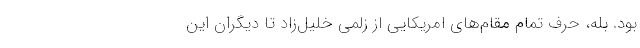
بود. بله، حرف تمام مقام‌هاي امريكايي از زلمي خليل‌زاد تا ديگران اين